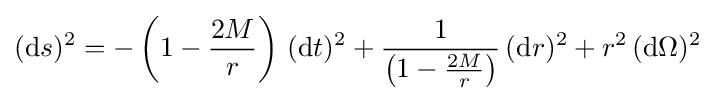
(\mathrm {d} s)^{2}=-\left(1-{\frac {2M}{r}}\right)\,(\mathrm {d} t)^{2}+{\frac {1}{\left(1-{\frac {2M}{r}}\right)}}\,(\mathrm {d} r)^{2}+r^{2}\,(\mathrm {d} \Omega )^{2}